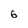
Character: 6